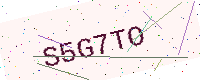
Text: S5G7TO